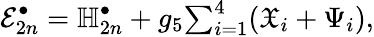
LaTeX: \mathcal{E}_{2n}^{\bullet}=\mathbb{H}_{2n}^{\bullet}+g_{5}\textstyle{\sum_{i=1}^{4}}(\mathfrak{X}_{i}+\Psi_{i}),